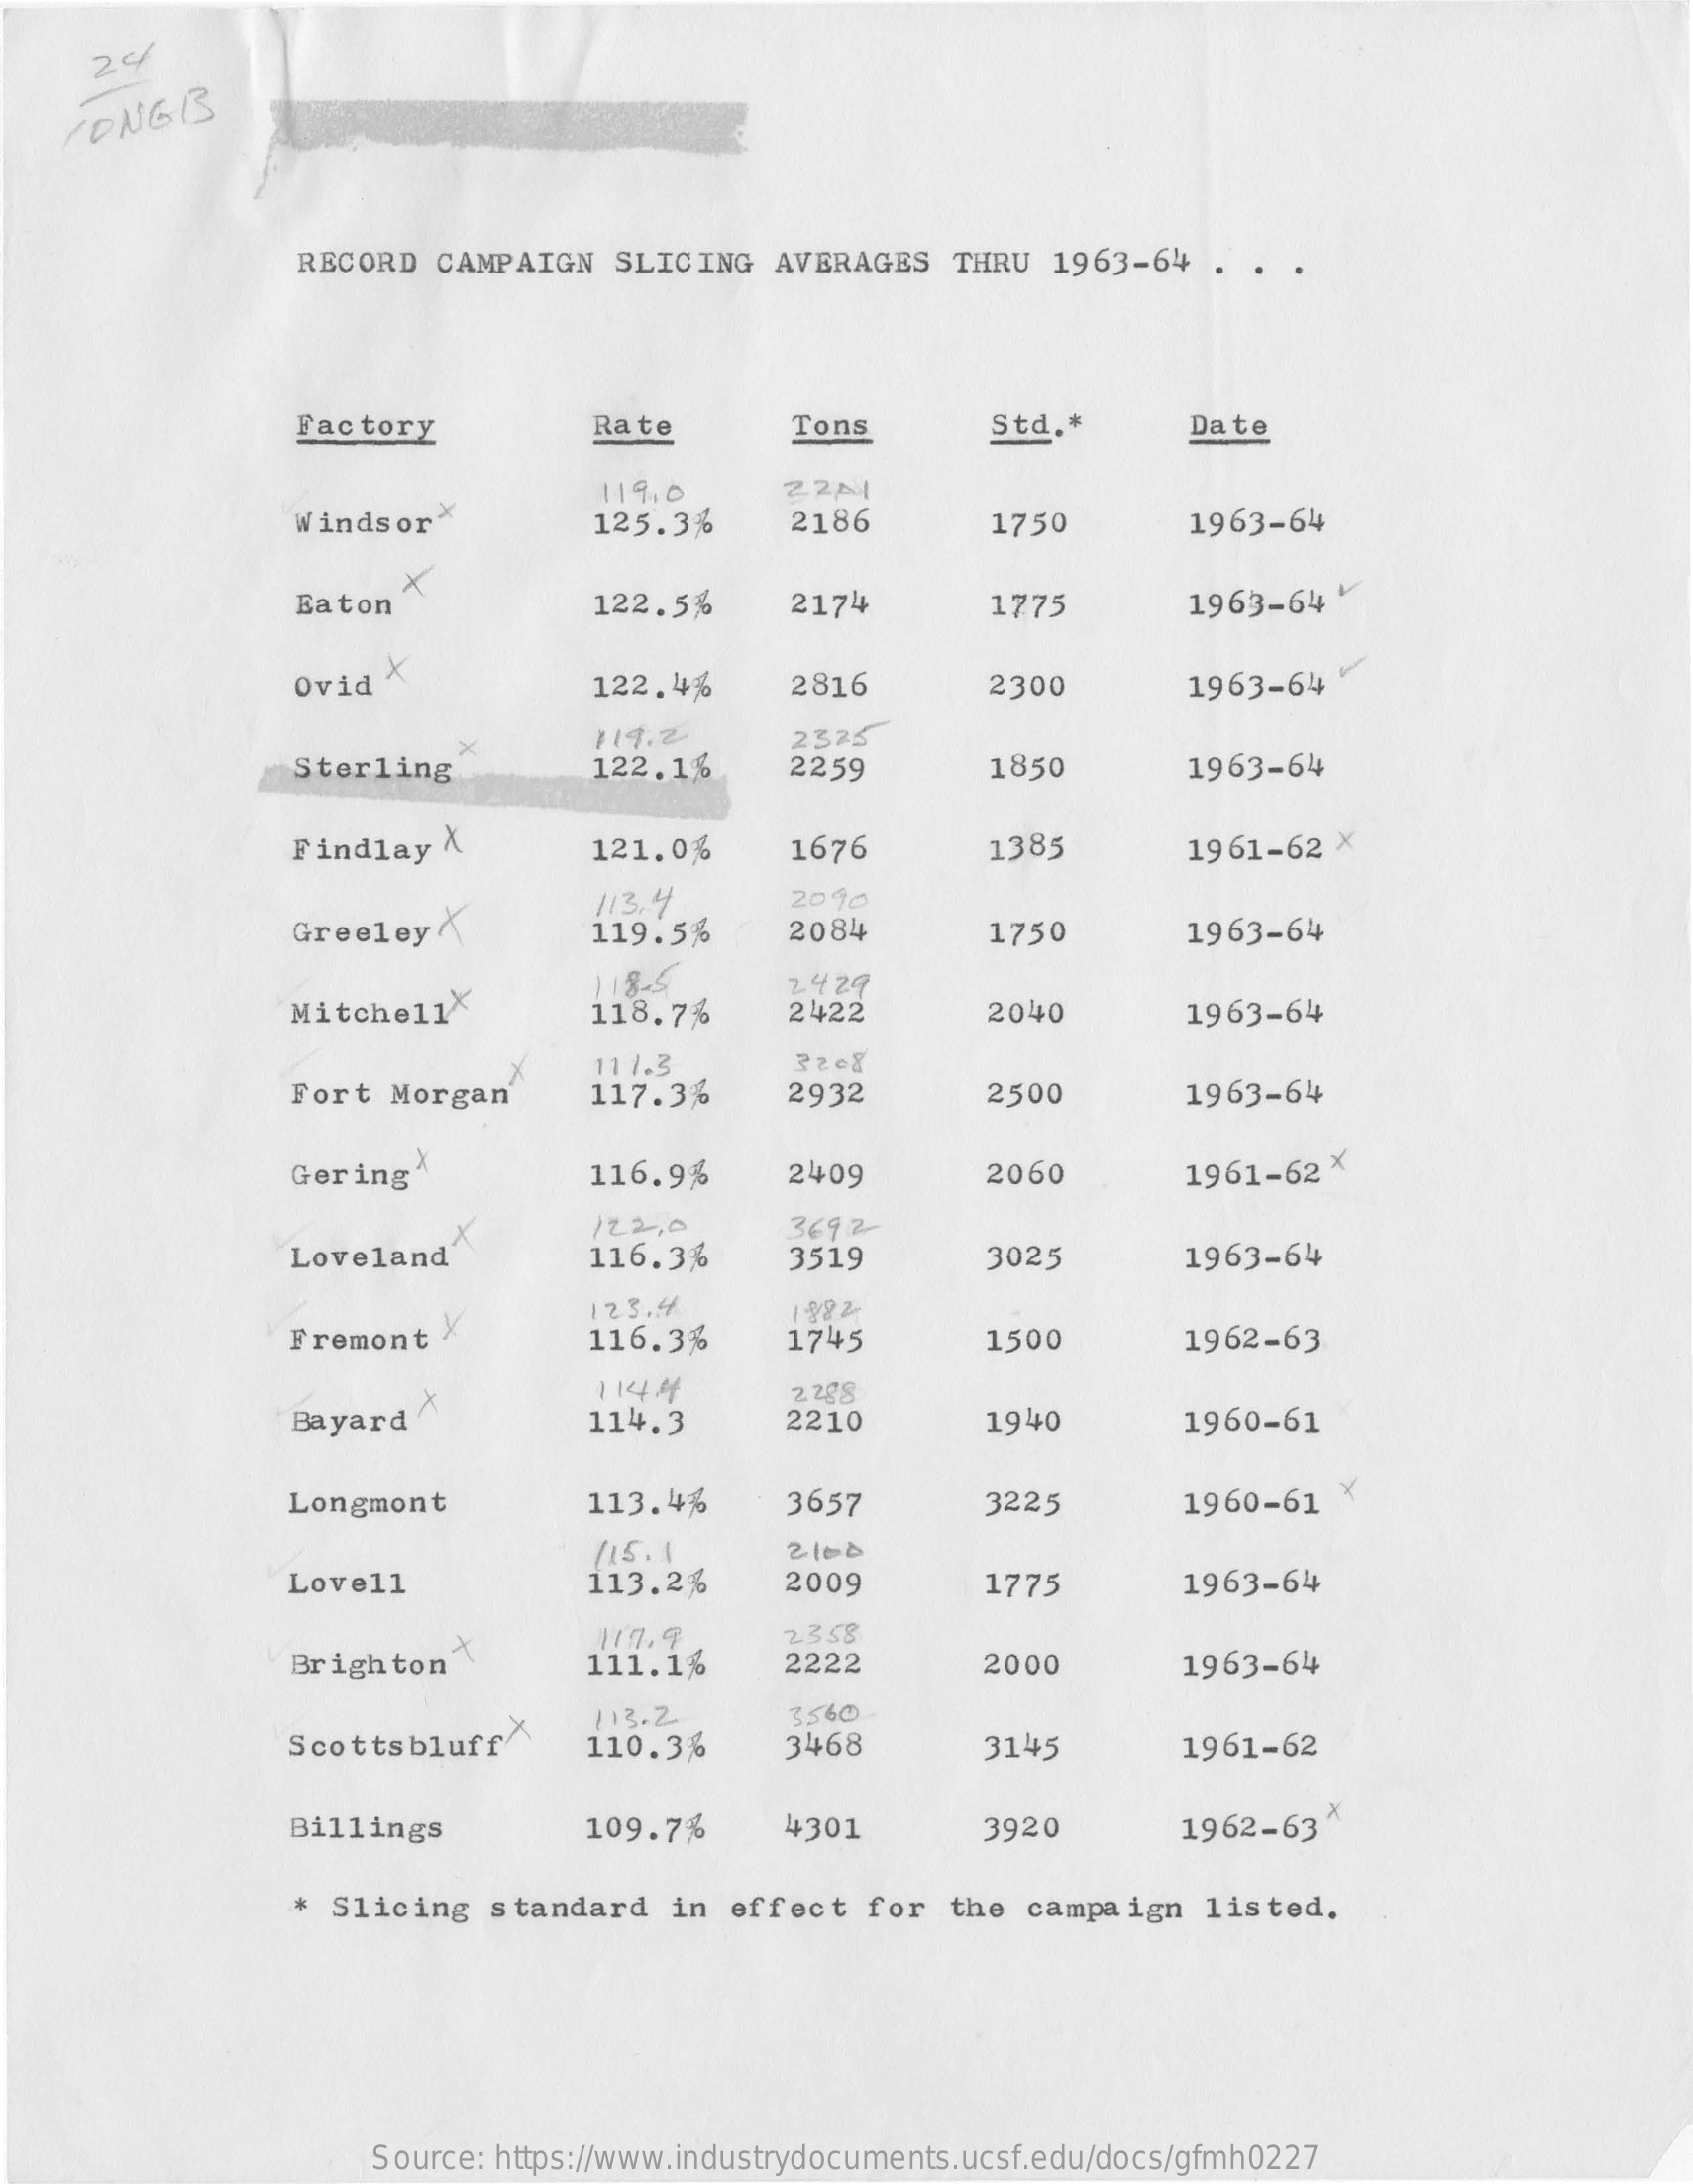
2 c/
    CONGB
     RECORD  CAMPAIGN   SLICING   AVERAGES   THRU   1963-64   .
     Factory    Rate    Tons    Std .*    Date
     Windsor>
     119.0    22/1
     125.3%    2186    1750    1963-64
     Eaton
     X
     122.5%    2174    1775    1963-64  +
     Ovid  X    122.4%    2816    2300    1963-64
     Sterling
     119.2
     122.1%
     2325
     2259    1850    1963-64
     Findlay  X    121.0%    1676    1385    1961-62  X
     Greeley
     113.4    2090
     119.5%    2084    1750    1963-64
     Mitchell
     118-5    2429
     118.7%    2422    2040    1963-64
     Fort  Morgan
     11 1.3
     117.3%    2932    2500    1963-64
     Gering    116.9%    2409    2060    1961-62  X
     Loveland
     122.0    3692
     116.3%    3519    3025    1963-64
     Fremont
     123.4
     116.3%
     1982
     1745    1500    1962-63
     Bayard
     1144    2298
     114.3    2210    1940    1960-61
     Longmont    113.4%    3657    3225    1960-61   X
     /15.1
     Lovell    113.2%    2009    1775    1963-64
     Brighton
     117.9    2358
     111.1%    2222    2000    1963-64
     Scottsbluff
     113.2    3560
     110.3%    3468    3145    1961-62
     Billings    109.7%    4301    3920    1962-63
     *  Slicing  standard    in effect   for  the  campaign   listed.
     Source: https://www.industrydocuments.ucsf.edu/docs/gfmh0227